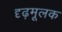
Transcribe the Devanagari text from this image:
दृढ़मूलक